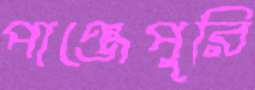
পাঞ্জেপুরি